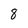
Character: 8